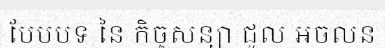
បែបបទ នៃ កិច្ចសន្យា ជួល អចលន